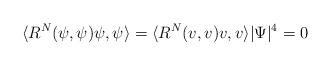
LaTeX: \begin{align*} \langle R^N(\psi,\psi)\psi,\psi\rangle=\langle R^N(v,v)v,v\rangle|\Psi|^4=0 \end{align*}